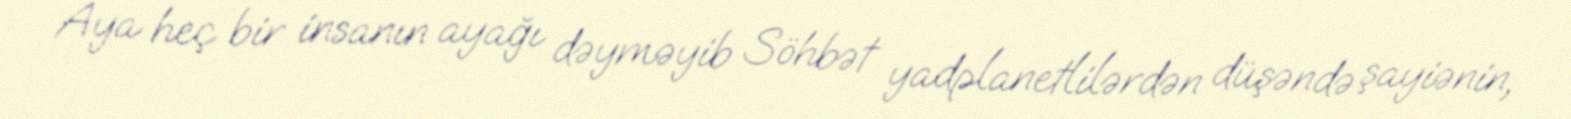
Aya heç bir insanın ayağı dəyməyib Söhbət yadplanetlilərdən düşəndə şayiənin,